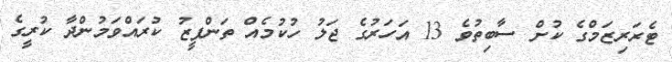
ޓެރަރިޒަމްގެ ކުށް ސާބިތުވެ 13 އަހަރުގެ ޖަލު ހުކުމެއް ތަންފީޒު ކުރައްވަމުންދާ ކުރީގެ